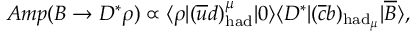
A m p ( B \to D ^ { * } \rho ) \propto \langle \rho | ( \overline { { u } } d ) _ { \mathrm { h a d } } ^ { \mu } | 0 \rangle \langle D ^ { * } | ( \overline { { c } } b ) _ { \mathrm { h a d } _ { \mu } } | \overline { { B } } \rangle ,